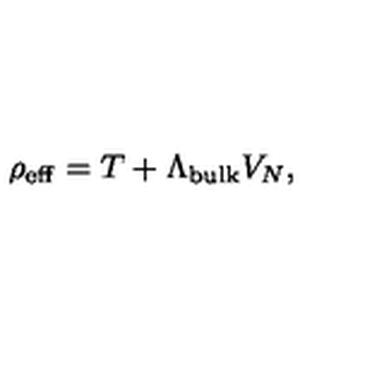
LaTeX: \rho _ { \mathrm { e f f } } = T + \Lambda _ { \mathrm { b u l k } } V _ { N } ,